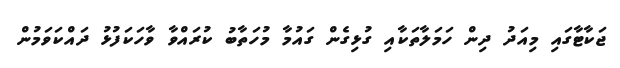
ޖަކާޓާގައި މިއަދު ދިން ހަމަލާތަކާއި ގުޅިގެން ގައުމާ މުހަތާބު ކުރައްވާ ވާހަކަފުޅު ދައްކަވަމުން